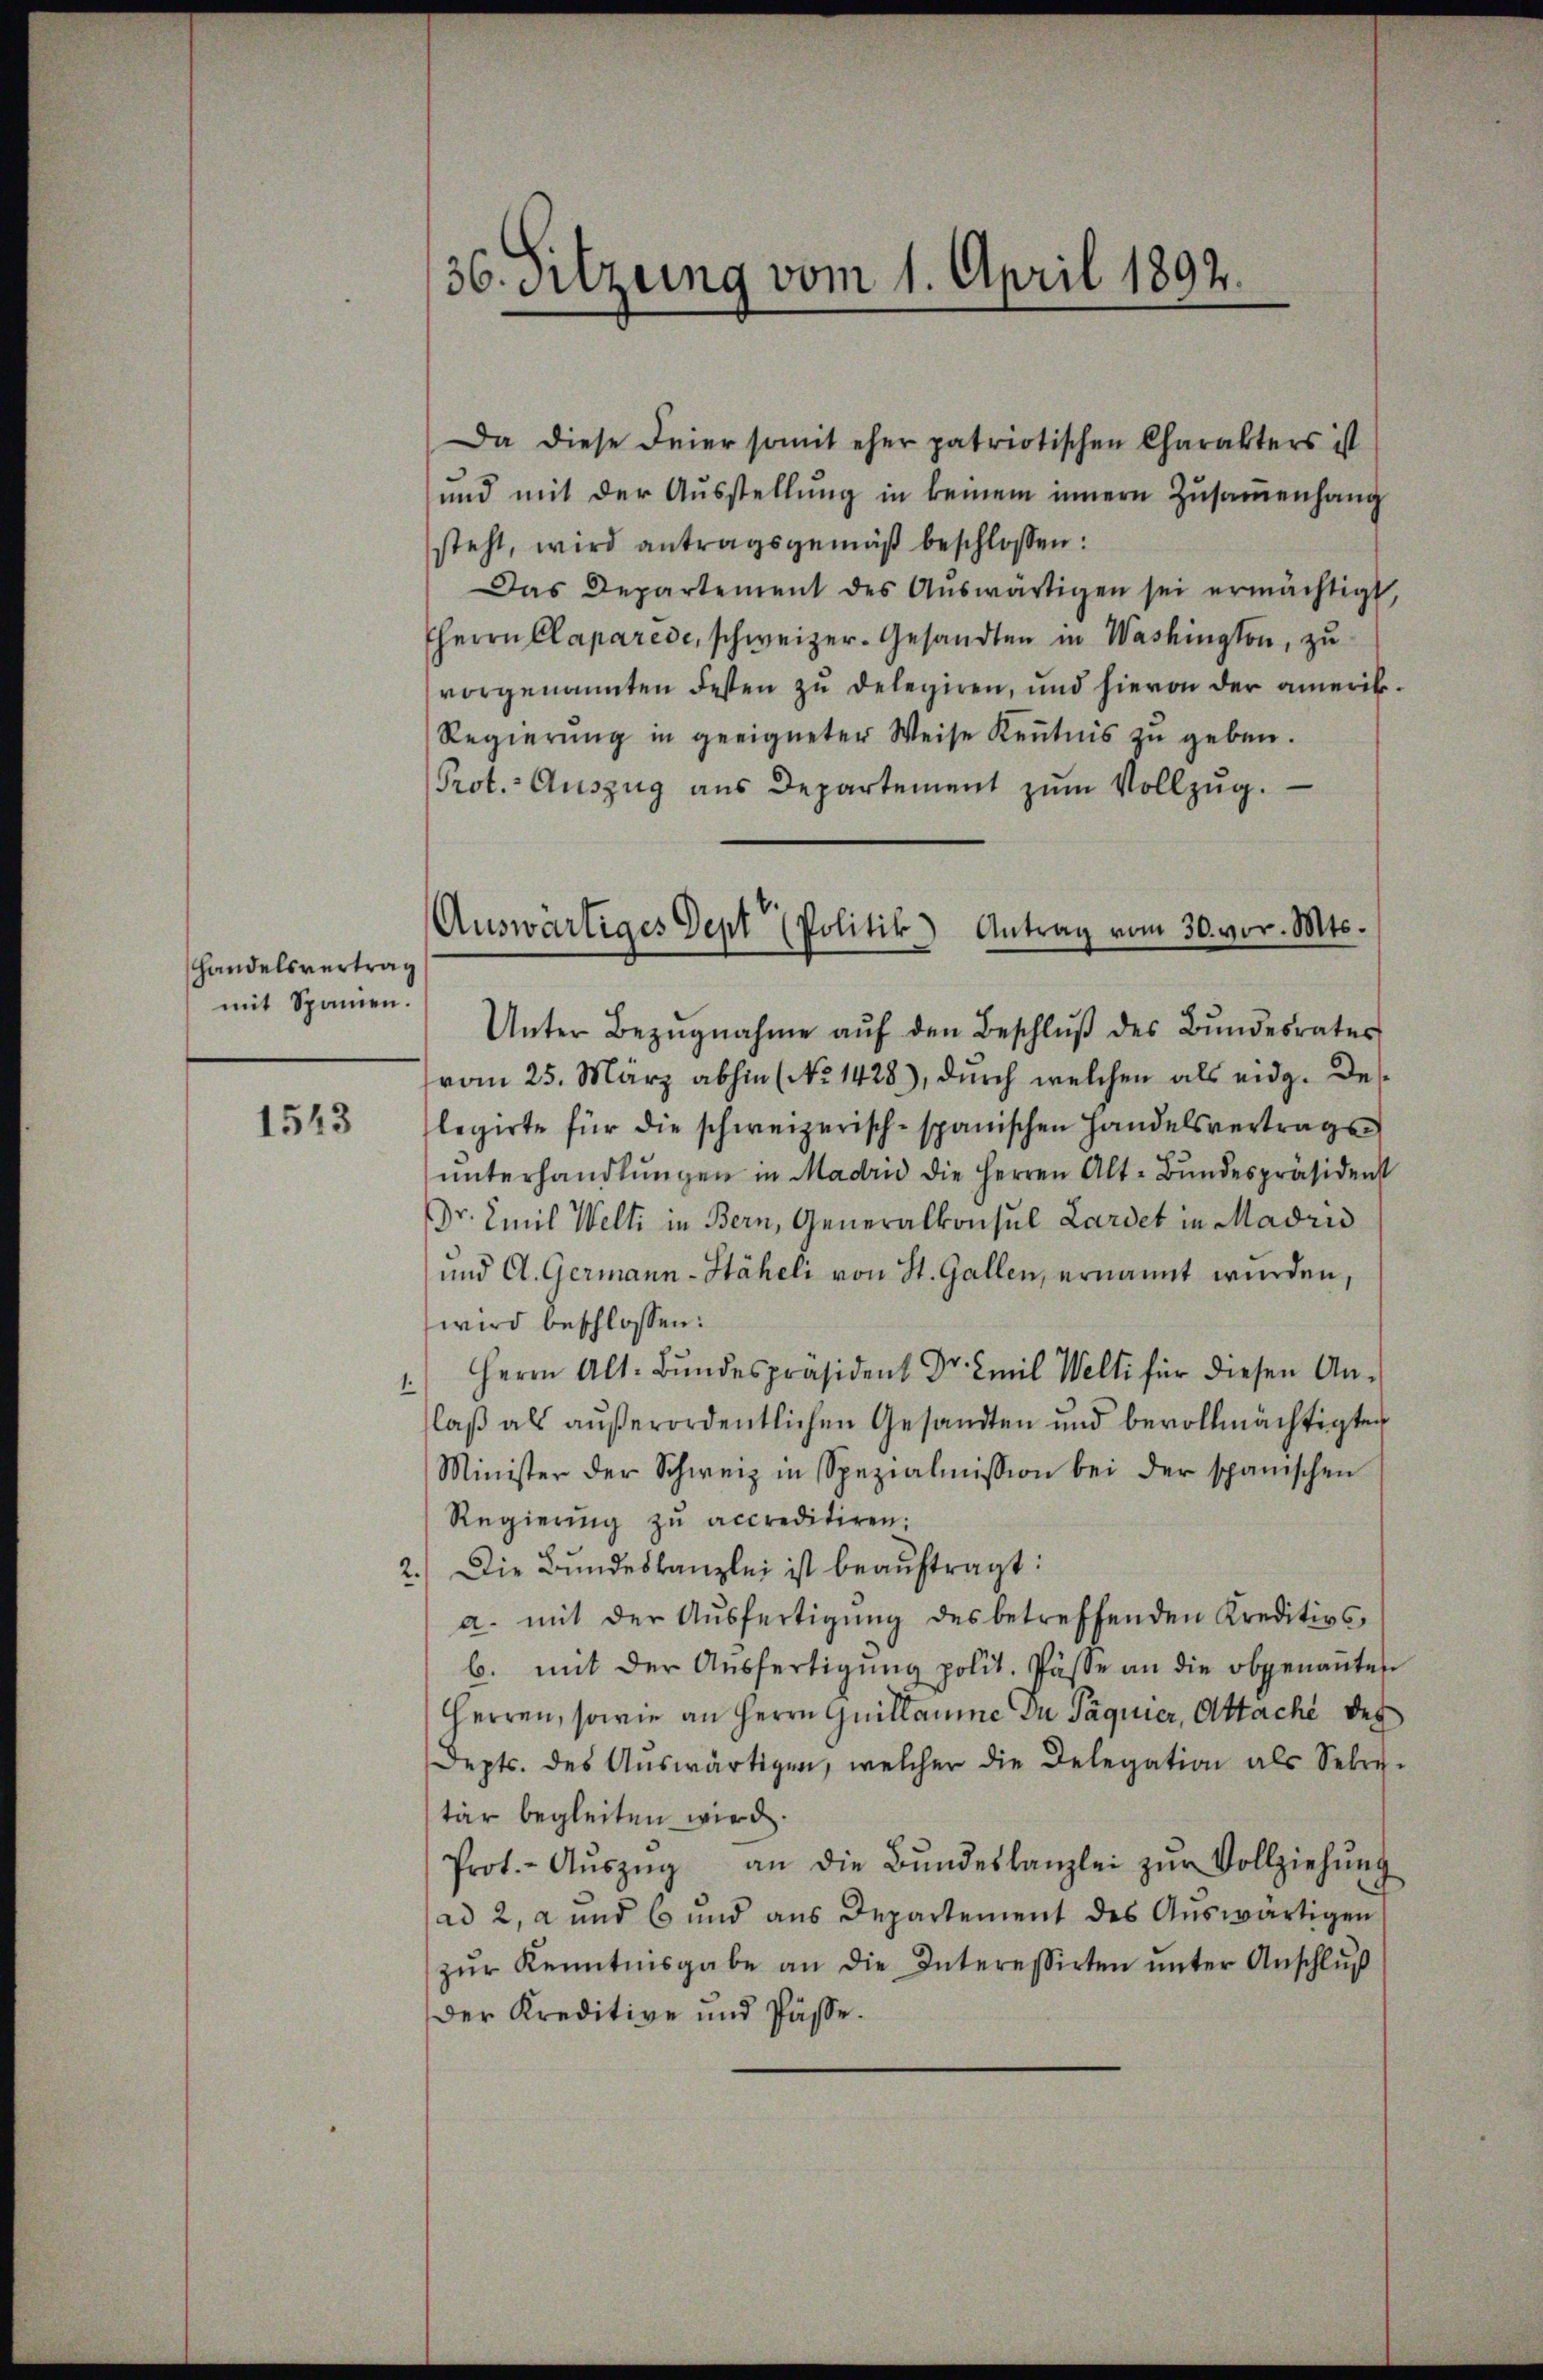
handelsvertrag
mit Spanien.

1543

36. Sitzung vom 1. April 1892.

Da diese Feier somit eher patriotischen Charakters ist
und mit der Ausstellung in keinem innern Zusammenhang
steht, wird antragsgemäβ beschlossen:
Das Departement des Aŭswärtigen sei ermächtigt,
HHerrn Caparede, schweizer. Gesandten in Washington, zu
vorgenannten Festen zu delegiren, und hievon der amerik¬
Regierŭng in geeigneter Weise Keṅtnis zŭ geben.
Prot. Aŭszŭg aŭs Departement zŭm Vollzŭg.

Auswärtiges Sept Politik) Antrag vom 30. vor. Mts.

Unter Bezŭgnahme aŭf den Beschlŭβ des Bŭndesrates
vom 25. März abhin (No 1428), durch welchen als eidg. Delegirte für die schweizerisch-spanischen Handelsvertrags-
ŭnterhandlŭngen in Madrić die Herren Alt-Bundespräsident
Dr. Emil Welti in Bern, Generalkonsul Lardet in Madrid
und A. Germann-Häheli von St. Gallen, ernannt werden,
wird beschlossen:
1.) Herrn Alt. Bŭndespräsident Dr. Emil Welti für diesen An-
laβ als aŭβerordentlichen Gesandten und bevollmächtigten
Minister der Schweiz in Spezialmission bei der spanischen
Regierung zŭ accreditiren:
2.) Die Bundeskanzlei ist beaŭftragt:
a. mit der Aŭsfertigŭng des betreffenden Kreditivs
b. mit der Aŭsfertigŭng polit. Pässe an die obgenaṅten
Herren, sowie an Herrn Guillaume Du Päquier, Attache des
Dept. des Aŭswärtigen, welcher die Delegation als Seben.
tär begleiten wird.
Prot. - Aŭszŭg an die Bŭndeskanzlei zŭr Vollziehŭng
ad 2, a und 6 und aus Departement des Auswärtigen
zŭr Kenntnisgabe an die Interessirten ŭnter Anschlŭβ
Der Kreditive und Pässe¬